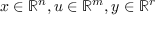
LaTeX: x \in \mathbb { R } ^ { n } , u \in \mathbb { R } ^ { m } , y \in \mathbb { R } ^ { r }